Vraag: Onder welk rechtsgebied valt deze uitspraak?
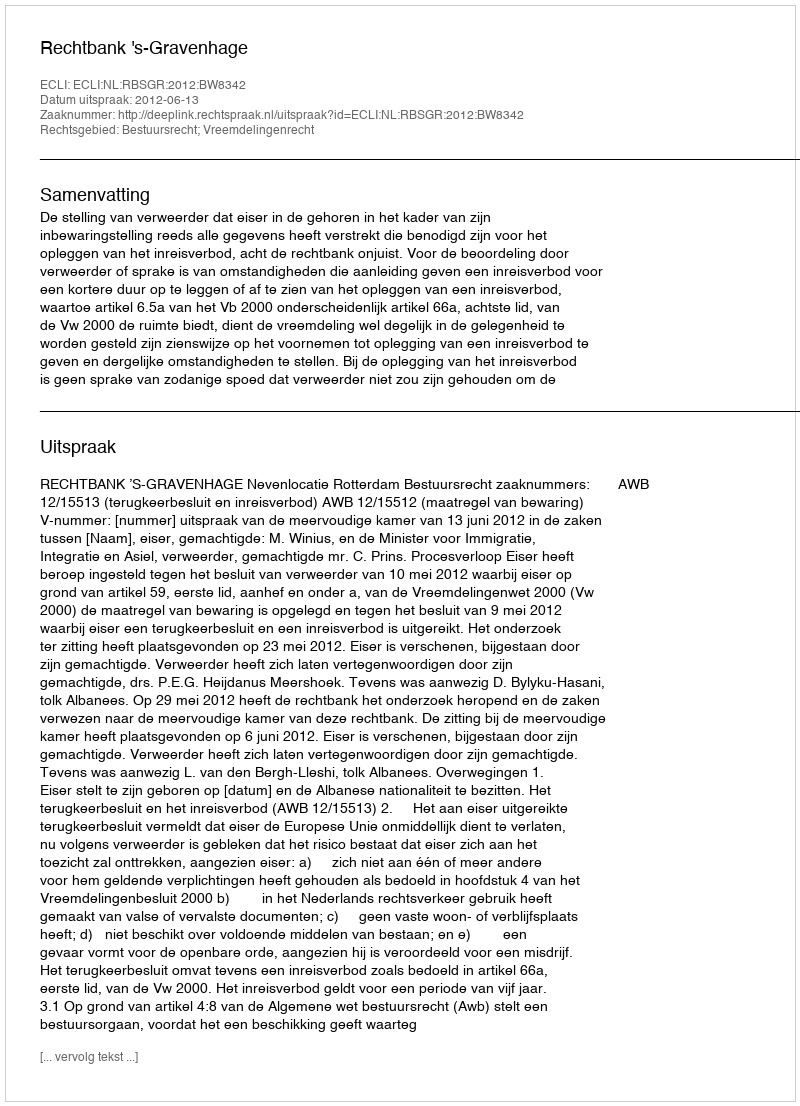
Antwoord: Bestuursrecht; Vreemdelingenrecht